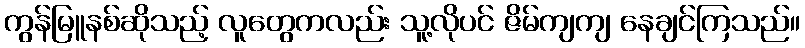
ကွန်မြူနစ်ဆိုသည့် လူတွေကလည်း သူ့လိုပင် ဇိမ်ကျကျ နေချင်ကြသည်။